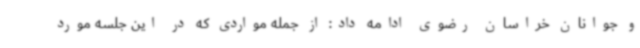
و جوانان خراسان رضوی ادامه داد: از جمله مواردی که در این جلسه مورد